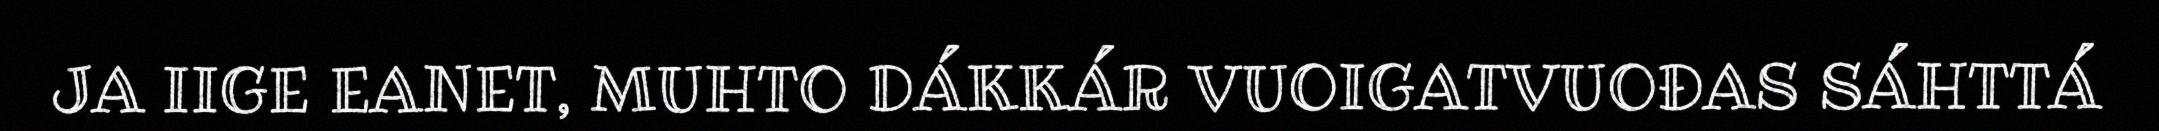
JA IIGE EANET, MUHTO DÁKKÁR VUOIGATVUOĐAS SÁHTTÁ